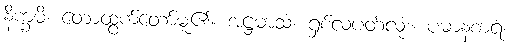
နိက္ခမိ၊ တောထွက်တော်မူ၏။ အဋ္ဌမာသံ၊ ရှစ်လပတ်လုံး။ ပဓာနစာရံ၊